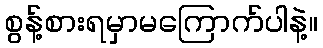
စွန့်စားရမှာမကြောက်ပါနဲ့။